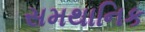
સમથાનિક